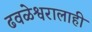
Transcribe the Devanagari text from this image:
ढवळेश्वरालाही